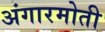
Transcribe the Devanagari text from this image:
अंगारमोती